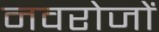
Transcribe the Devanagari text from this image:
नवरोजों